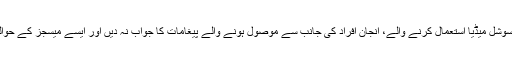
جنرل سیکیورٹی کے ادارے نے عوام کو متنبہ کرتے ہوئے کہا کہ سوشل میڈیا استعمال کرنے والے، انجان افراد کی جانب سے موصول ہونے والے پیغامات کا جواب نہ دیں اور ایسے میسجز کے حوالے سے فوری طور پر مقامی پولیس اسٹیشن کے حکام کو آگاہ کریں۔